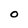
Character: O